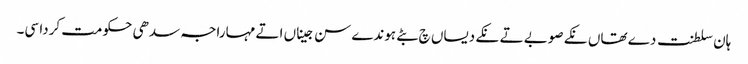
ہان سلطنت دے تھاں نکے صوبے تے نکے دیساں چ بٹے ہوندے سن جیناں اتے مہاراجہ سدھی حکومت کردا سی۔